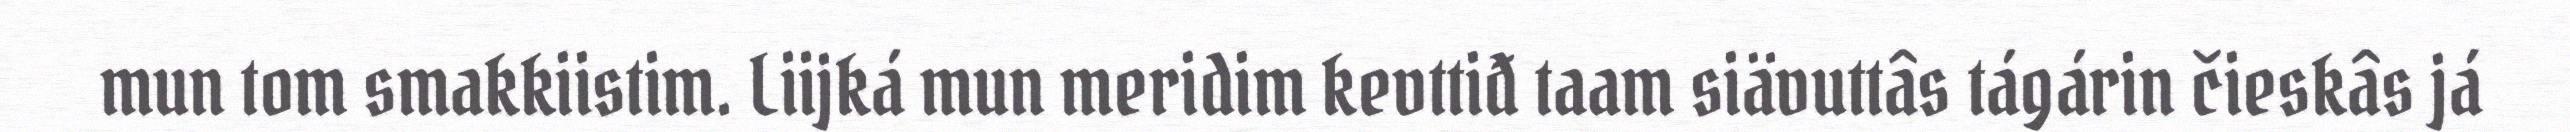
mun tom smakkiistim. Liijká mun meridim kevttiđ taam siävuttâs tágárin čieskâs já